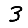
Digit: 3